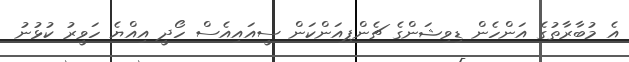
އެ މުބާރާތުގެ އަންހެން ޑިވިޝަންގެ ޗެންޕިއަންކަން ސީއައިއެސް ހޯދީ އިއްޔެ ހަވީރު ކުޅުނު